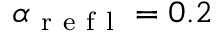
\alpha _ { \mathrm { ~ r ~ e ~ f ~ l ~ } } = 0 . 2